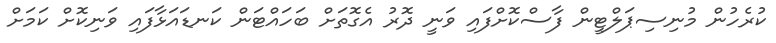
ކުރެހުން މުނިސިޕަލްޓީން ފާސްކޮށްފައި ވަނީ ދޮރު އެގޮތަށް ބަހައްޓަން ކަނޑައަޅާފައި ވަނިކޮށް ކަމަށް